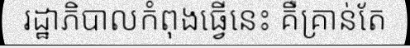
រដ្ឋាភិបាលកំពុងធ្វើនេះ គឺគ្រាន់តែ